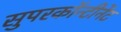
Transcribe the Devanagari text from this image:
सुपरकॉन्टीनेंट